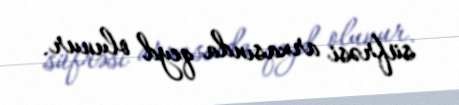
süfrəsi arxasında qeyd olunur.